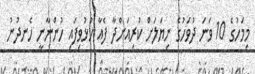
މިމަހުގެ 10 ވަނަ ދުވަހުގެ ނިޔަލަށް ކުރިއަށްދާ ފެއާ ހުޅުވިފައި ހުންނާނީ ހެނދުނު